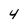
Character: 4